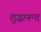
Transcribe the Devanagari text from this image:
शुद्धानन्द